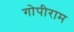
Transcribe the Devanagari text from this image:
गोपीराम